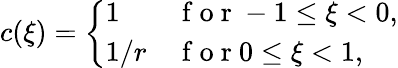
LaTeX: c(\xi)=\left\{ \begin{array}{ll}{1}&{\mathrm{~f~o~r~}-1\leq\xi<0,}\\ {1/r}&{\mathrm{~f~o~r~}0\leq\xi<1,}\end{array}\right.